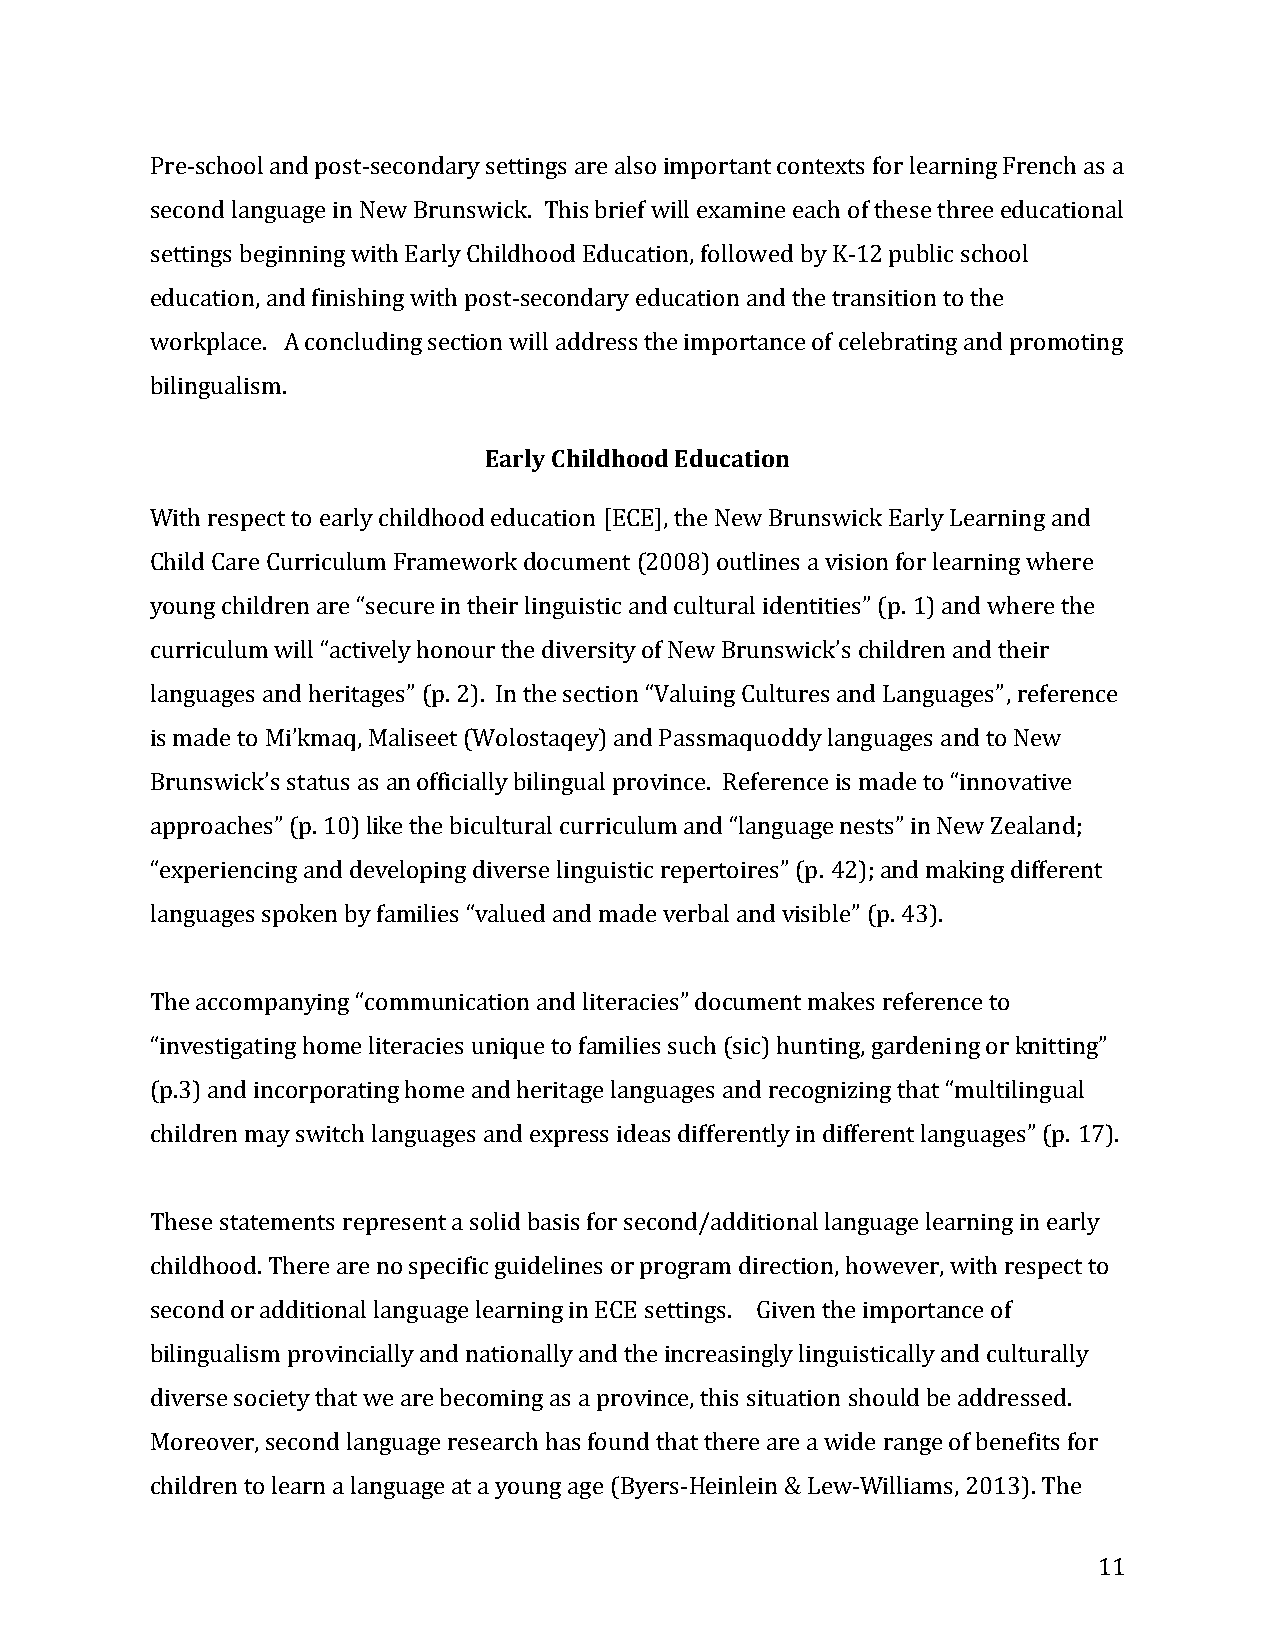
Pre-school and post-secondary settings are also important contexts for learning French as a
 second language in New Brunswick. This brief will examine each of these three educational
 settings beginning with Early Childhood Education, followed by K-12 public school
 education, and finishing with post-secondary education and the transition to the
 workplace. A concluding section will address the importance of celebrating and promoting
 bilingualism.
 Early Childhood Education
 With respect to early childhood education [ECE], the New Brunswick Early Learning and
 Child Care Curriculum Framework document (2008) outlines a vision for learning where
 young children are “secure in their linguistic and cultural identities” (p. 1) and where the
 curriculum will “actively honour the diversity of New Brunswick’s children and their
 languages and heritages” (p. 2). In the section “Valuing Cultures and Languages”, reference
 is made to Mi’kmaq, Maliseet (Wolostaqey) and Passmaquoddy languages and to New
 Brunswick’s status as an officially bilingual province. Reference is made to “innovative
 approaches” (p. 10) like the bicultural curriculum and “language nests” in New Zealand;
 “experiencing and developing diverse linguistic repertoires” (p. 42); and making different
 languages spoken by families “valued and made verbal and visible” (p. 43).
 The accompanying “communication and literacies” document makes reference to
 “investigating home literacies unique to families such (sic) hunting, gardening or knitting”
 (p.3) and incorporating home and heritage languages and recognizing that “multilingual
 children may switch languages and express ideas differently in different languages” (p. 17).
 These statements represent a solid basis for second/additional language learning in early
 childhood. There are no specific guidelines or program direction, however, with respect to
 second or additional language learning in ECE settings. Given the importance of
 bilingualism provincially and nationally and the increasingly linguistically and culturally
 diverse society that we are becoming as a province, this situation should be addressed.
 Moreover, second language research has found that there are a wide range of benefits for
 children to learn a language at a young age (Byers-Heinlein & Lew-Williams, 2013). The
 11